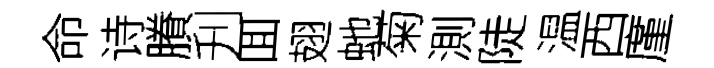
命诗賸刋囬翅虵菊測陡温西廑